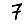
Digit: 7